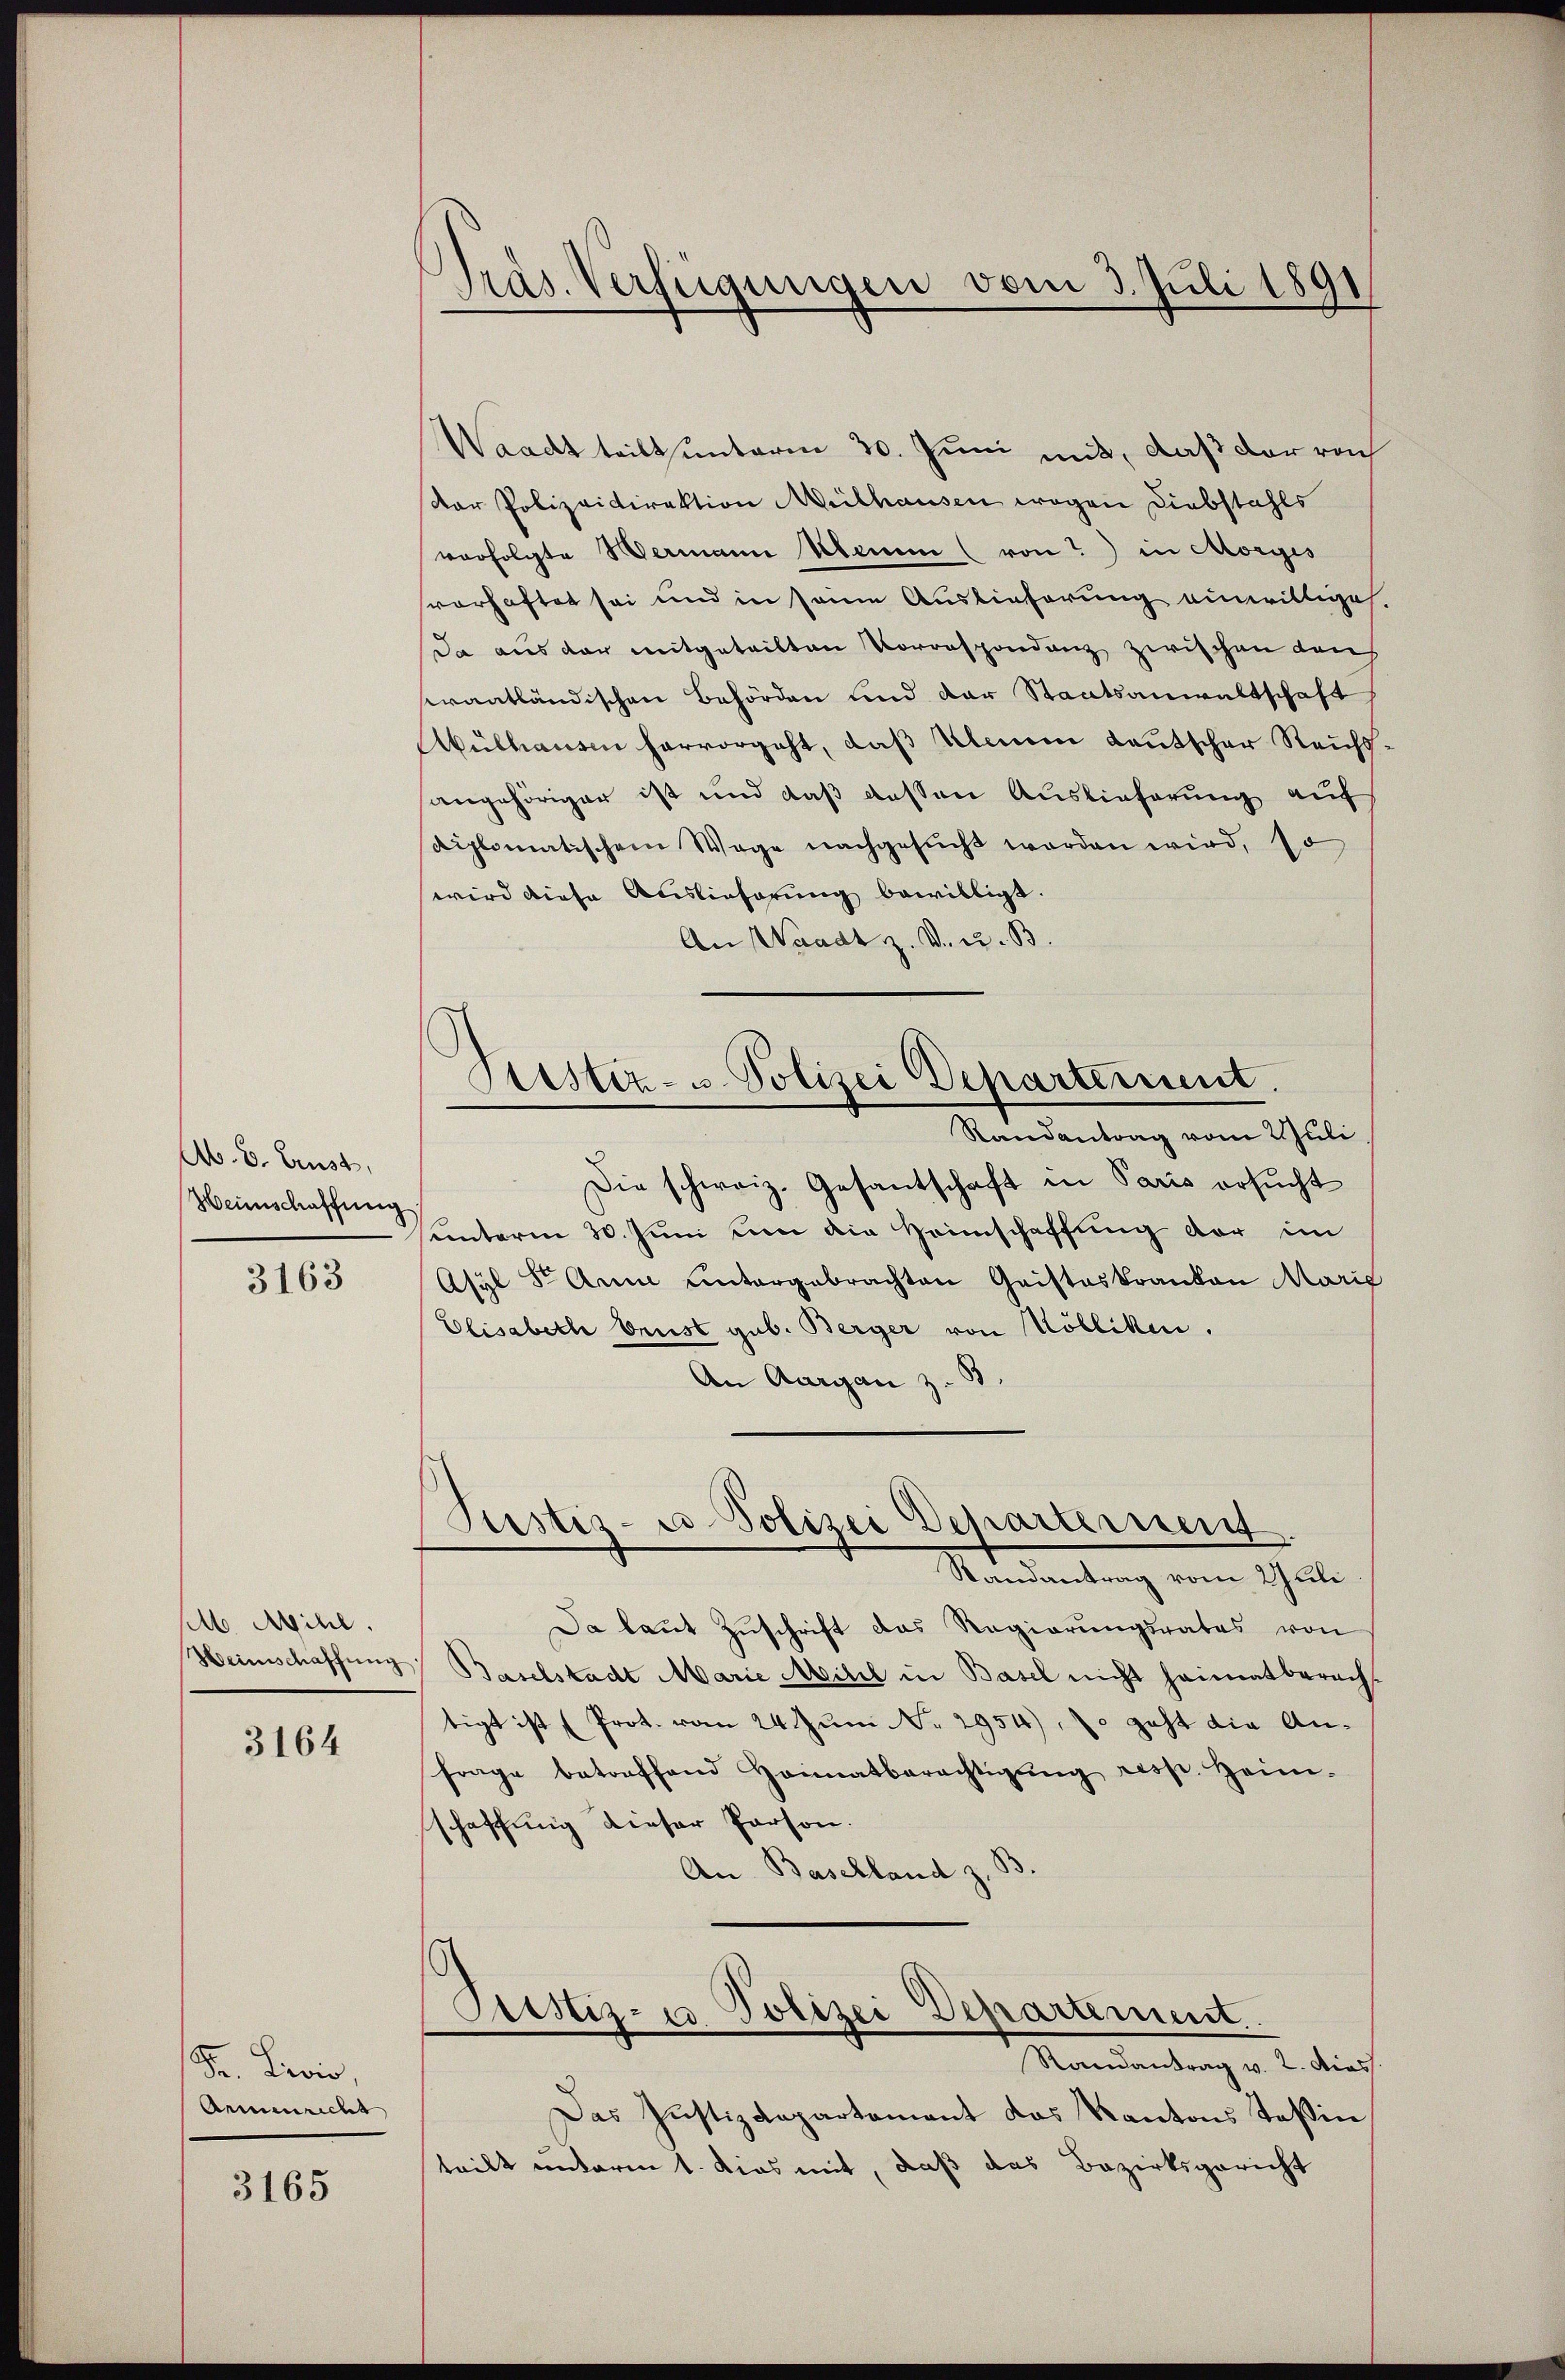
A. B. Ernst,
Heinschaffung

3163

M. Mihl.

3164

Fr. Divis,
Armenricht

3165

Präs. Verfügungen vom 3. Juli 1891

Siester- u Polizei Departement.

Waadt teilt unterm 30. Juni mit, daß der roh
Dar Polizeidirektion Mülhausen wegen Diebstahls
verfolgte Wermann beim (von in Morges
sverhaftet sei und in seine Auslieferung einwilliges.
Da aus der mitgeteilten Vorrespondenz zwischen Laus
erantländischen Behörden und der Staatsanwaltschaft
Mülhauern hervorgeht, daß Almen deutscher Reichsangehöriger ist und daß dessen Auslieferung auf
diplomatischem Wege nachgesucht worden wird, so
wird diese Auslieferung bewilligt.
An Waadt z. V. u. B.
Randantrag vom Juli
Die schweiz. Gesantschaft in Paris ersucht
sunterm 30. Juni um die Heimschaffung der im
Asyl Dr Arm untergebrachten Geisteskranken Marie
Elisabeth Brust gub. Berger von Kölliken.
An Aargau z. B.
Justiz- u. Polizei Departerient.
Mandantung vom Schule.
Da laut Zuschrift das Regierungsrates von
Heimschaffung Baselstadt Marie Mitel in Basel nicht heimatberachtigt ist (Prot. vom 24. Juni No. 2954), so geht die Anfrage betreffend Heimatberechtigŭng resp. Heim.
schaffung dieser Person.
An Baschland z. B.
Pristiz- u Polizei Departement
Randantrag v. 2. Dies
Das Justizdepartament das Kantons Teßin,
teilt unterm 1. dies mit, daß das Bezirksgericht